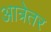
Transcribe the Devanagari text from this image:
आत्रेतर